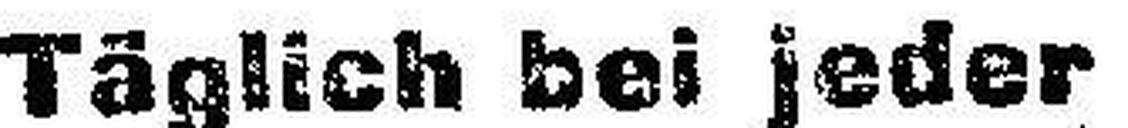
Täglich bei jeder